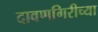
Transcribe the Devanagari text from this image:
दावणगिरीच्या